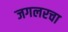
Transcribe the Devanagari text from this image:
जगलरचा